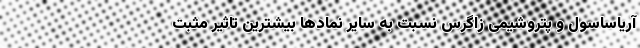
آریاساسول و پتروشیمی زاگرس نسبت به سایر نمادها بیشترین تاثیر مثبت